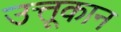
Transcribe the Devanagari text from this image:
उत्तूकान